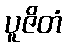
ပူဇိတံ